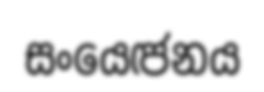
සංයෙඦනය